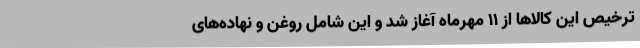
ترخیص این کالاها از 11 مهرماه آغاز شد و این شامل روغن و نهاده‌های